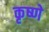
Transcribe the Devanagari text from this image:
कृष्णे